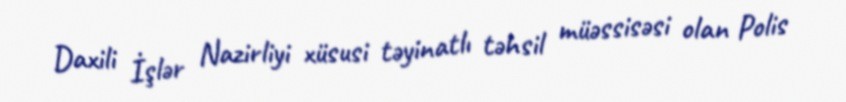
Daxili İşlər Nazirliyi xüsusi təyinatlı təhsil müəssisəsi olan Polis